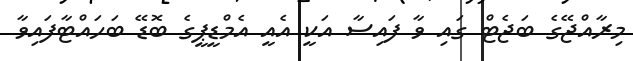
މިރާއްޖޭގެ ބަޖެޓް ގައި ވާ ފައިސާ އަކީ އެއީ އެމްޑީޕީގެ ބޮޑޭ ބަހައްޓާފައިވާ